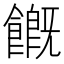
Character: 𩞊